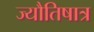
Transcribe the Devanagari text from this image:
ज्यौतिषात्र